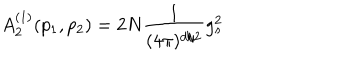
LaTeX: A _ { 2 } ^ { ( 1 ) } ( p _ { 1 } , p _ { 2 } ) = 2 N \frac { 1 } { ( 4 \pi ) ^ { d / 2 } } g _ { s } ^ { 2 }